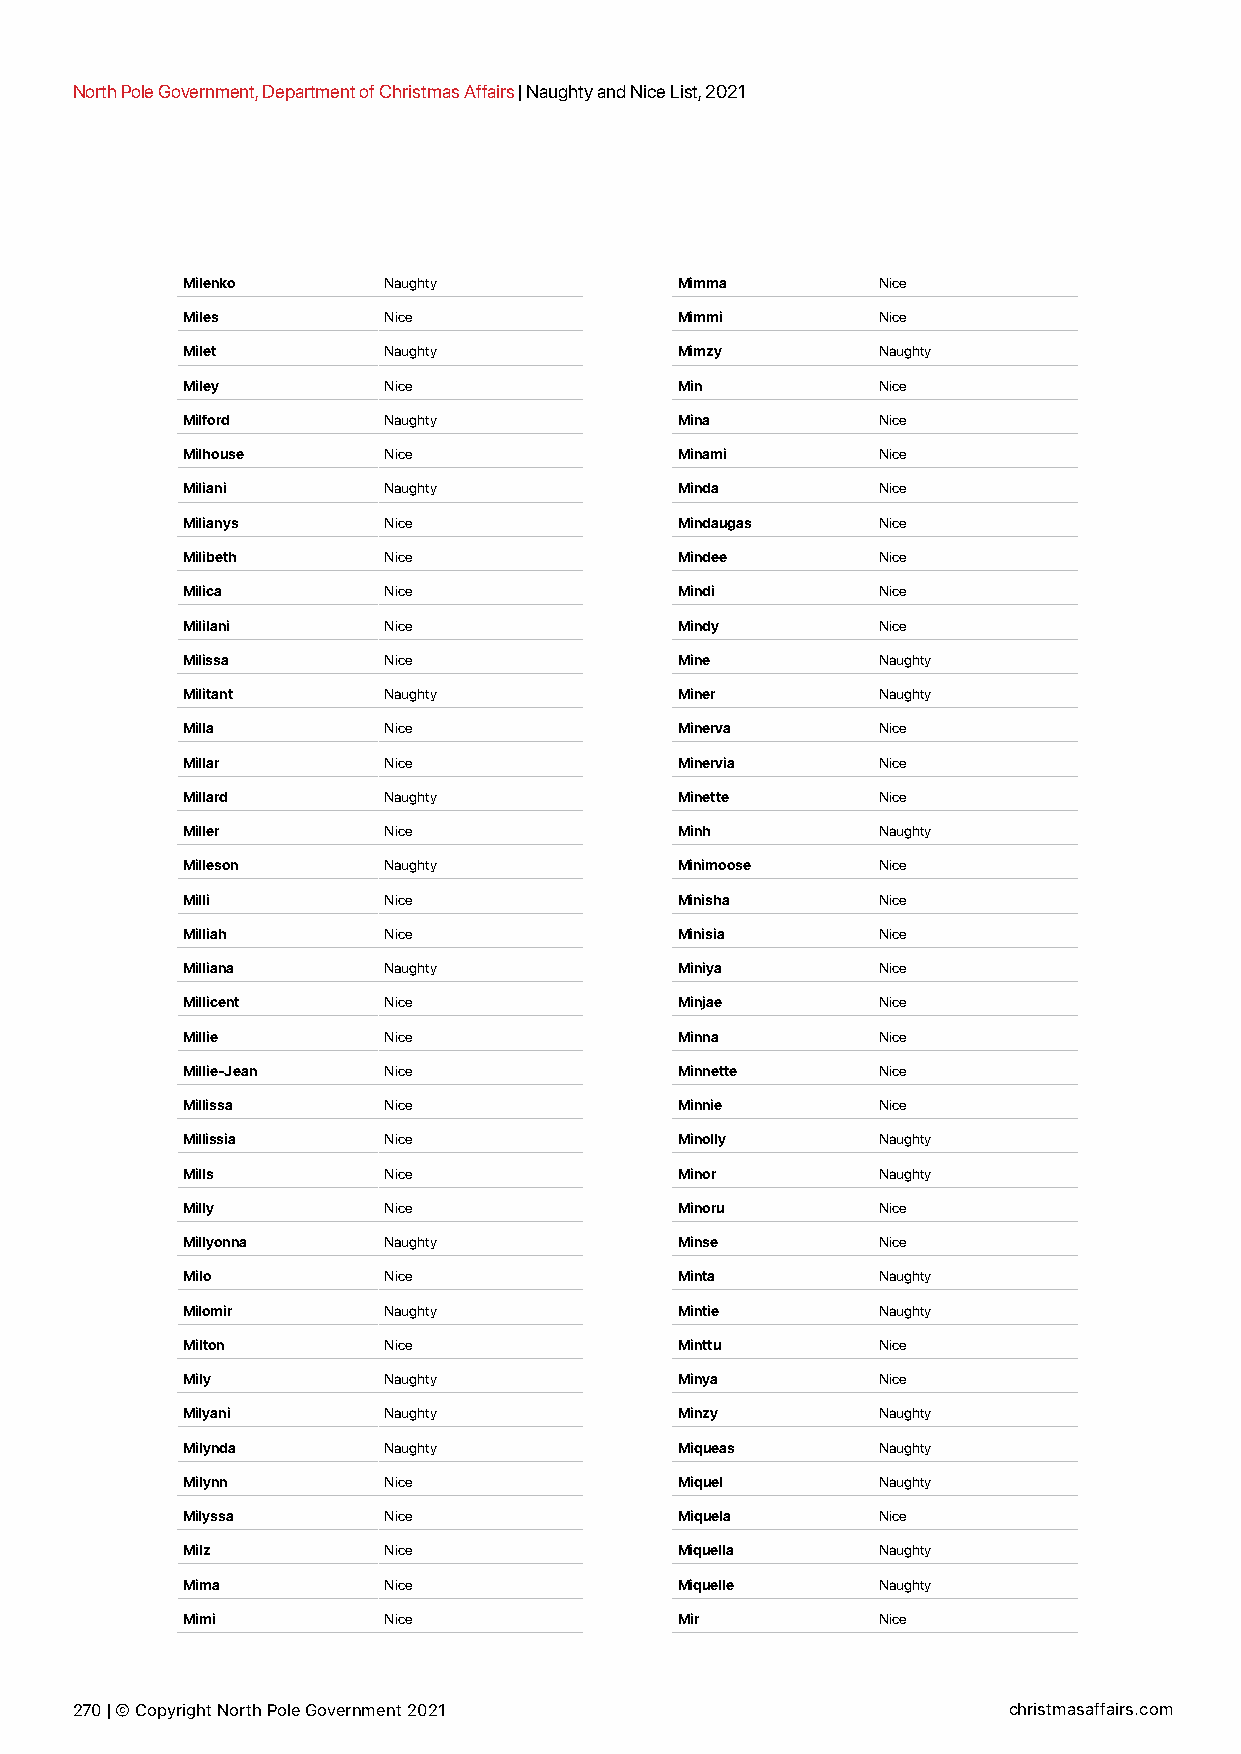
North Pole Government, Department of Christmas Affairs | Naughty and Nice List, 2021
 Milenko      Naughty             Mimma        Nice
 Miles        Nice                Mimmi        Nice
 Milet        Naughty             Mimzy        Naughty
 Miley        Nice                Min          Nice
 Milford      Naughty             Mina         Nice
 Milhouse     Nice                Minami       Nice
 Miliani      Naughty             Minda        Nice
 Milianys     Nice                Mindaugas    Nice
 Milibeth     Nice                Mindee       Nice
 Milica       Nice                Mindi        Nice
 Mililani     Nice                Mindy        Nice
 Milissa      Nice                Mine         Naughty
 Militant     Naughty             Miner        Naughty
 Milla        Nice                Minerva      Nice
 Millar       Nice                Minervia     Nice
 Millard      Naughty             Minette      Nice
 Miller       Nice                Minh         Naughty
 Milleson     Naughty             Minimoose    Nice
 Milli        Nice                Minisha      Nice
 Milliah      Nice                Minisia      Nice
 Milliana     Naughty             Miniya       Nice
 Millicent    Nice                Minjae       Nice
 Millie       Nice                Minna        Nice
 Millie-Jean  Nice                Minnette     Nice
 Millissa     Nice                Minnie       Nice
 Millissia    Nice                Minolly      Naughty
 Mills        Nice                Minor        Naughty
 Milly        Nice                Minoru       Nice
 Millyonna    Naughty             Minse        Nice
 Milo         Nice                Minta        Naughty
 Milomir      Naughty             Mintie       Naughty
 Milton       Nice                Minttu       Nice
 Mily         Naughty             Minya        Nice
 Milyani      Naughty             Minzy        Naughty
 Milynda      Naughty             Miqueas      Naughty
 Milynn       Nice                Miquel       Naughty
 Milyssa      Nice                Miquela      Nice
 Milz         Nice                Miquella     Naughty
 Mima         Nice                Miquelle     Naughty
 Mimi         Nice                Mir          Nice
 270 | © Copyright North Pole Government 2021                  christmasaffairs.com